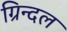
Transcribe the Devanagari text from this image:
ग्रिन्दल